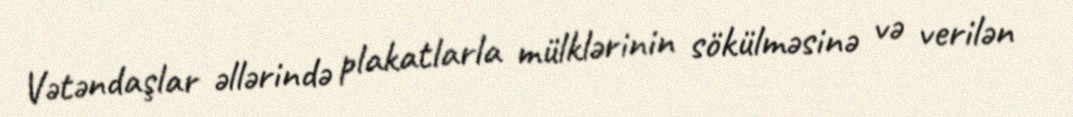
Vətəndaşlar əllərində plakatlarla mülklərinin sökülməsinə və verilən